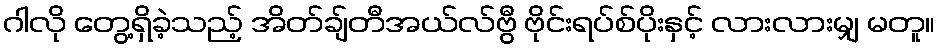
ဂါလို တွေ့ရှိခဲ့သည့် အိတ်ချ်တီအယ်လ်ဗွီ ဗိုင်းရပ်စ်ပိုးနှင့် လားလားမျှ မတူ။